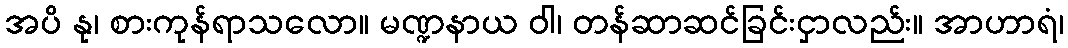
အပိ နု၊ စားကုန်ရာသလော။ မဏ္ဍနာယ ဝါ၊ တန်ဆာဆင်ခြင်းငှာလည်း။ အာဟာရံ၊